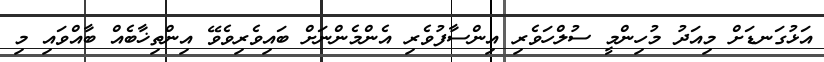
އަޅުގަނޑަށް މިއަދު މުހިންމީ ސުލްހަވެރި އިންސާފުވެރި އެންމެންނަށް ބައިވެރިވެވޭ އިންތިޚާބެއް ބާއްވައި މި